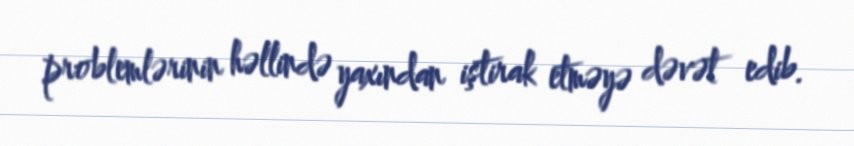
problemlərinin həllində yaxından iştirak etməyə dəvət edib.